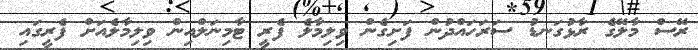
ރޭސް މާލޭގެ ރާޅުގަނޑު ސަރަހައްދުން ފަށިގެން ވިލިމާލެ ފެރީ ޓާމިނަލްއިން ވިލިމާލެއަށް ފެރީގައި